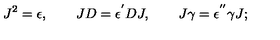
J ^ { 2 } = \epsilon , \qquad J D = \epsilon ^ { ^ { \prime } } D J , \qquad J \gamma = \epsilon ^ { ^ { \prime \prime } } \gamma J ;